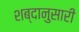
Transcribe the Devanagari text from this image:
शब्दानुसारी